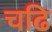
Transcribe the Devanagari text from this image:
चढि